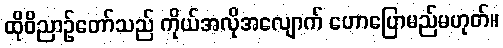
ထိုဝိညာဉ်တော်သည် ကိုယ်အလိုအလျောက် ဟောပြောမည်မဟုတ်။